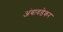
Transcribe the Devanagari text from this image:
अंबावडेकर